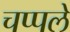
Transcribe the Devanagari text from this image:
चप्पले